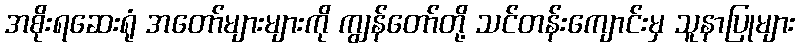
အစိုးရဆေးရုံ အတော်များများကို ကျွန်တော်တို့ သင်တန်းကျောင်းမှ သူနာပြုများ